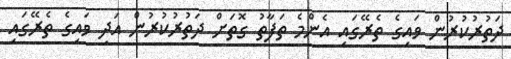
ދަތުރުކުރުން ވައިގެ ތެރޭގައި އެންމެ ތަފާތު ގޮތަށް ދަތުރުކުރުން އަދި ވައިގެ ތެރޭގައި